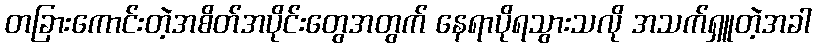
တခြားကောင်းတဲ့အစိတ်အပိုင်းတွေအတွက် နေရာပိုရသွားသလို အသက်ရှူတဲ့အခါ